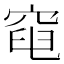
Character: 𥦣